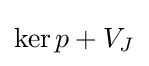
\operatorname {ker} p+V_{J}